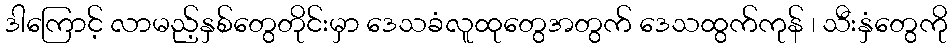
ဒါကြောင့် လာမည့်နှစ်တွေတိုင်းမှာ ဒေသခံလူထုတွေအတွက် ဒေသထွက်ကုန် ၊ သီးနှံတွေကို